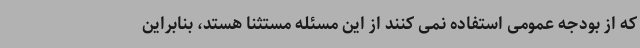
که از بودجه عمومی استفاده نمی کنند از این مسئله مستثنا هستد، بنابراین